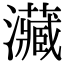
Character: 㶓